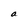
Character: a